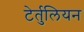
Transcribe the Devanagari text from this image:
टेर्तुलियन